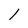
Character: l